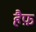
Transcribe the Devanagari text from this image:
हैफ़